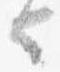
也